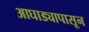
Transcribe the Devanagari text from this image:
आघाड्यापासून